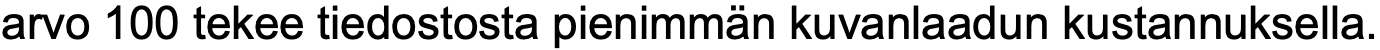
arvo 100 tekee tiedostosta pienimmän kuvanlaadun kustannuksella.